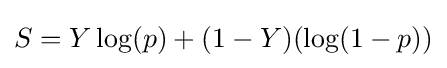
S=Y\log(p)+(1-Y)(\log(1-p))